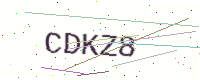
Text: CDKZ8